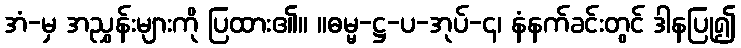
အံ-မှ အညွှန်းများကို ပြထား၏။ ။ဓမ္မ-ဋ္ဌ-ပ-အုပ်-၄၊ နံနက်ခင်းတွင် ဒါနပြု၍